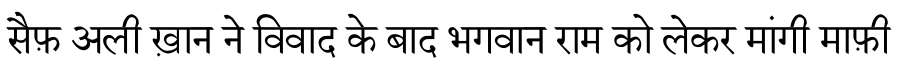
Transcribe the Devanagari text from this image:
सैफ़ अली ख़ान ने विवाद के बाद भगवान राम को लेकर मांगी माफ़ी